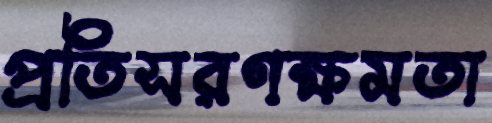
প্রতিসরণক্ষমতা